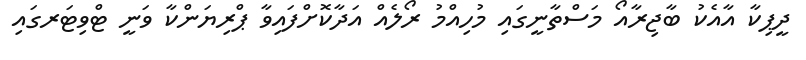
ދީޕިކާ އާއެކު ބާޖިރާއޯ މަސްތާނީގައި މުހިއްމު ރޯލެއް އަދާކޮށްފައިވާ ޕްރިޔަންކާ ވަނީ ޓްވިޓަރގައި